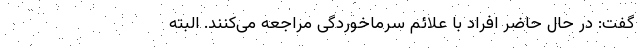
گفت: ‌در حال حاضر افراد با علائم سرماخوردگی مراجعه می‌کنند. البته